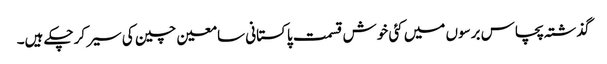
گذشتہ پچاس برسوں میں کئی خوش قسمت پاکستانی سامعین چین کی سیر کرچکے ہیں۔